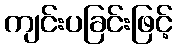
ကျင်းပခြင်းဖြင့်